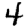
Digit: 4